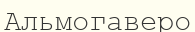
Альмогаверо